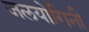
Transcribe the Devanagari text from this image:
जलयोगिनी